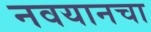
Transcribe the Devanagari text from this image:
नवयानचा